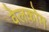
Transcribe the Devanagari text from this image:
वेलकोम